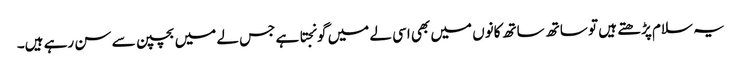
یہ سلام پڑھتے ہیں تو ساتھ ساتھ کانوں میں بھی اسی لے میں گونجتا ہے جس لے میں بچپن سے سن رہے ہیں۔